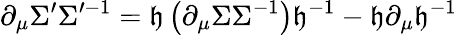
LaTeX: \partial_{\mu}\Sigma^{\prime}\Sigma^{\prime-1}=\mathfrak{h}\left(\partial_{\mu}\Sigma\Sigma^{-1}\right)\mathfrak{h}^{-1}-\mathfrak{h}\partial_{\mu}\mathfrak{h}^{-1}